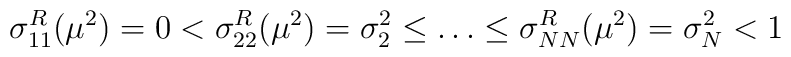
\sigma_{11}^R(\mu^2)=0<\sigma_{22}^R(\mu^2)=\sigma_2^2\leq \dots\leq \sigma_{NN}^R(\mu^2)=\sigma_N^2<1